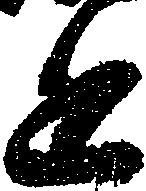
進